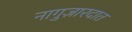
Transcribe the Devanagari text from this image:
नागुज़ारदात